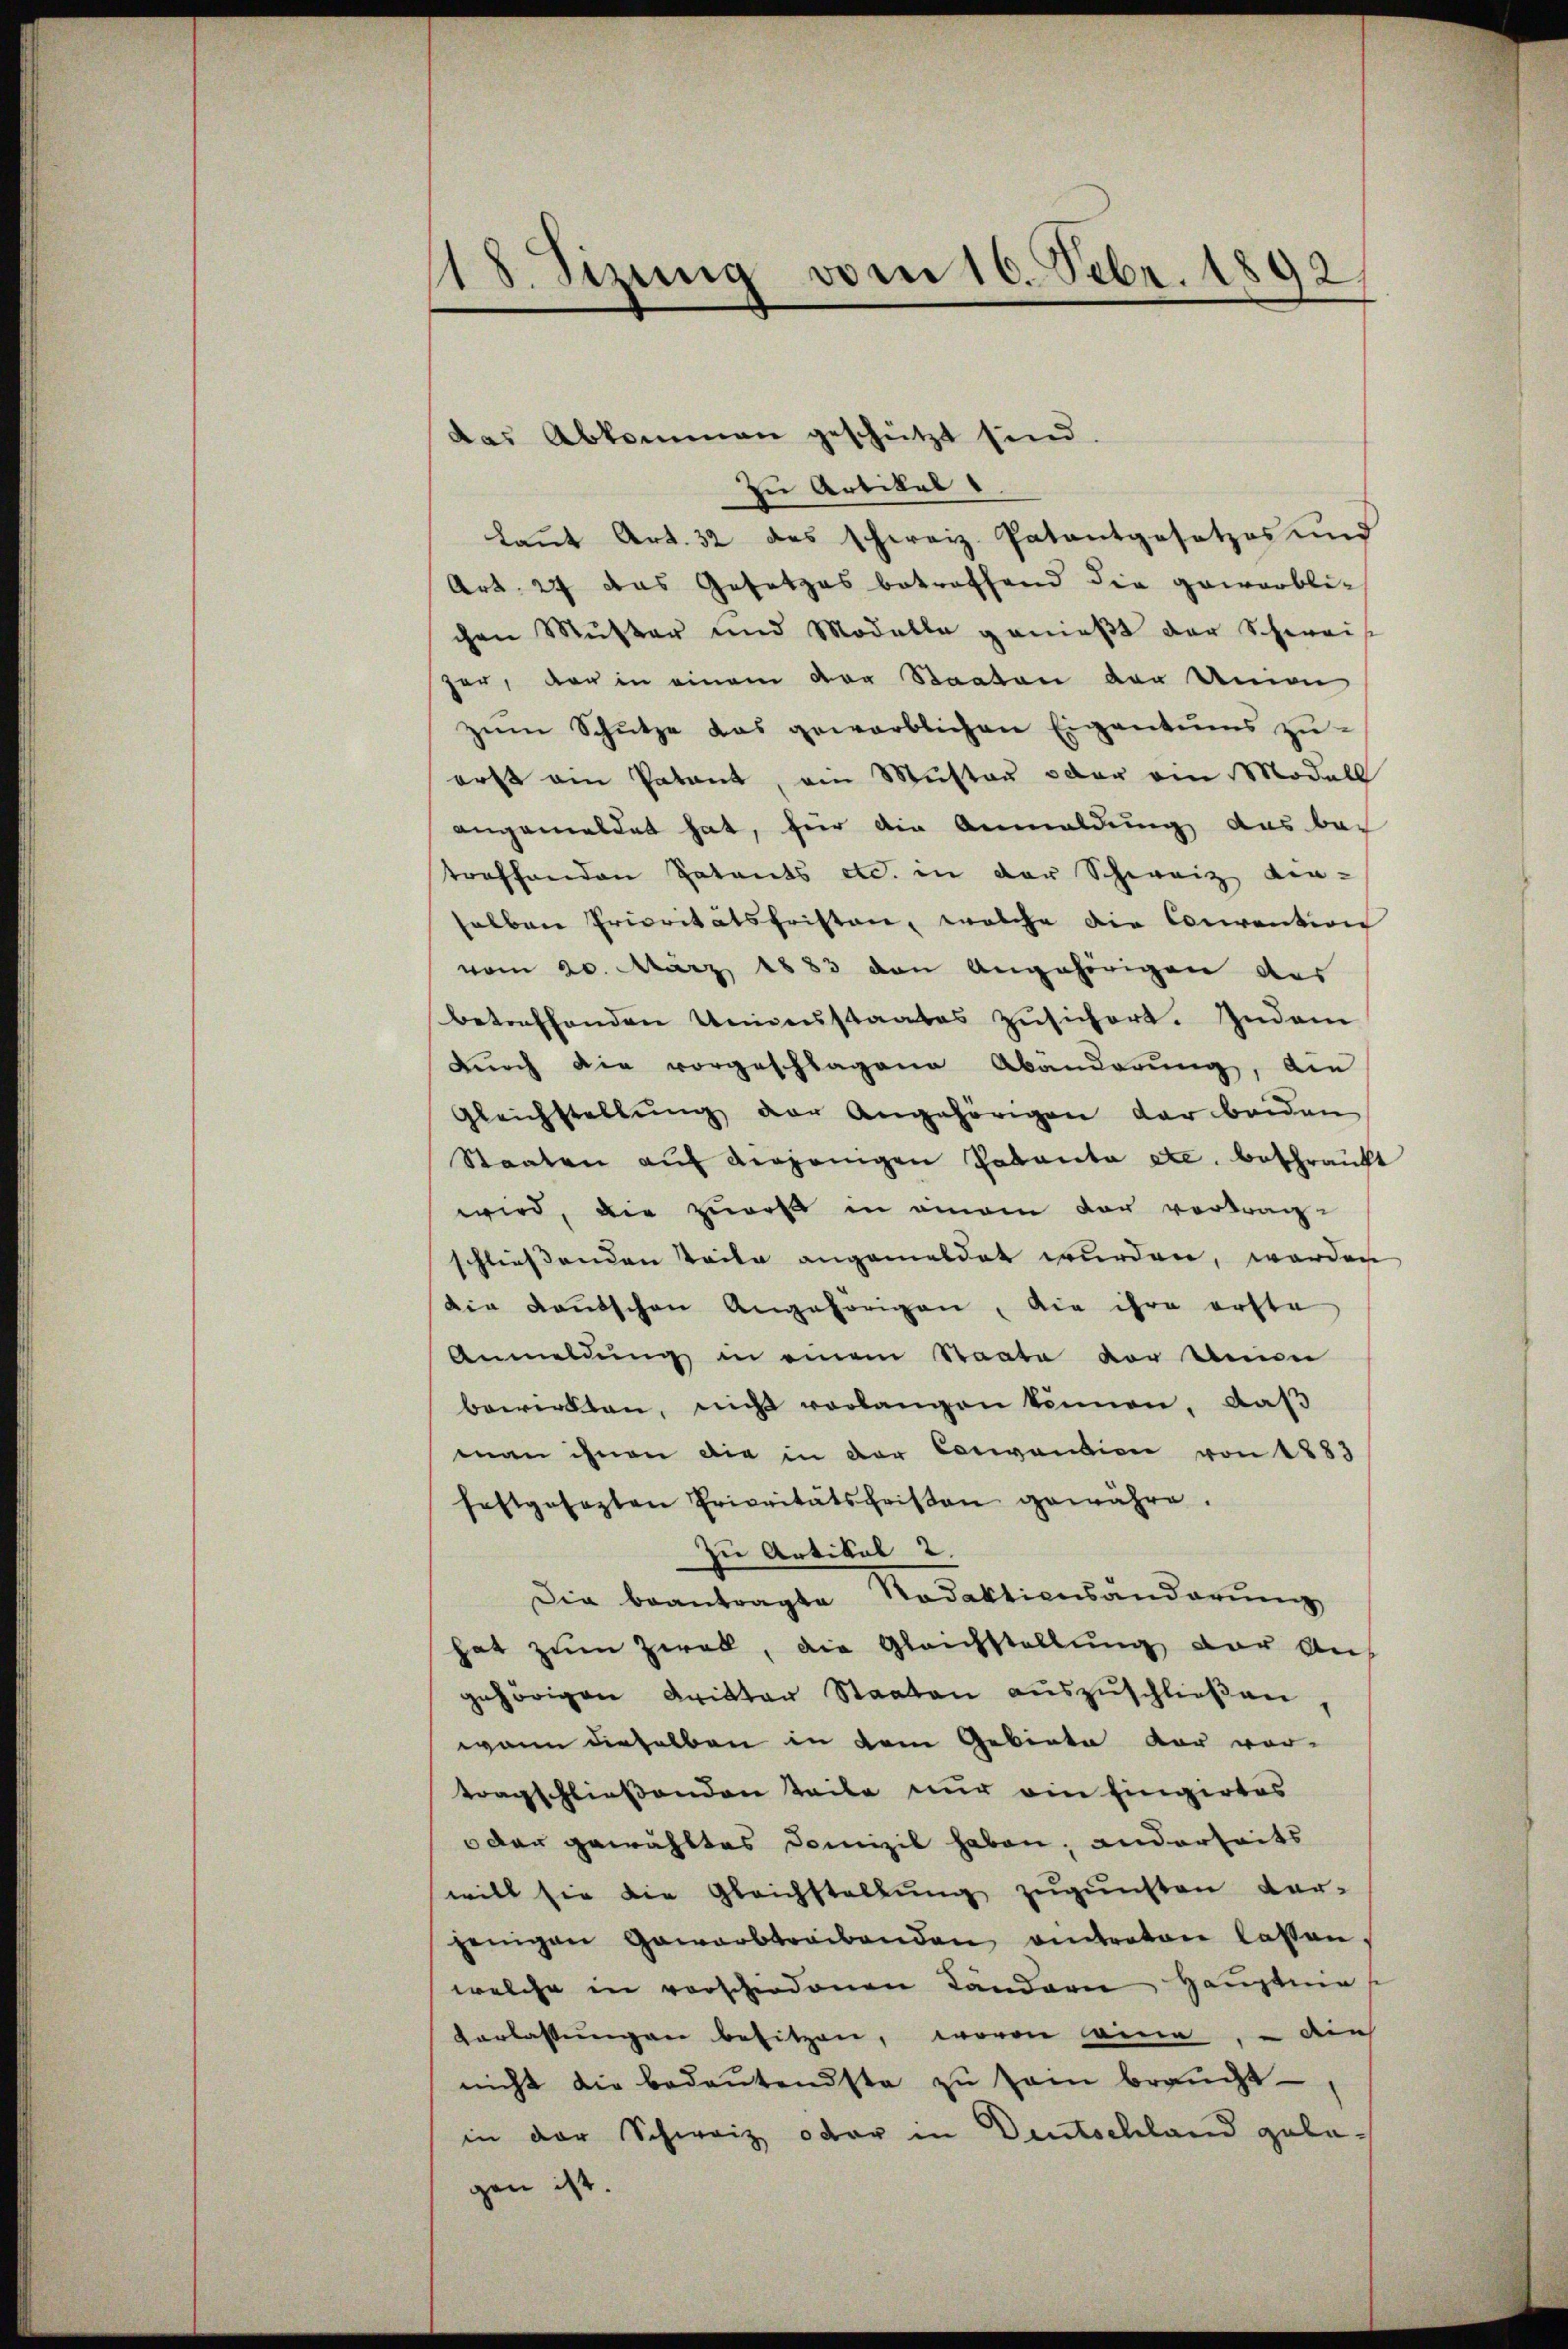
118. Sizung vom 16. Febr. 1892/

das Abkommen geschützt sind
zu Artikel
Laut Art. 32 des Schweiz. Patentgesetzes und
Art. 27 das Gesetzes betreffend die gewerbli-
chen Muster und Modelle genießt der Schweise
har, der in einem vor Staaten der Union
zum Schütze das gewerblichen Eigentums zu-
erst ain Patant, ein Muster oder ein Modell
angemeldet hat, für die Anmeldung das bei
treffenden Patents etc. in der Schweiz den-
selben Prioritatsfristen, welche die Convention
vom 20. März 1883 den angehörigen des
betreffenden Unmenstaates zŭsichert. Indem
Durch die vorgeschlagene Abänderung, die
Gleichstellŭng der Angehörigen der beiden
Staaten aŭf derjenigen Palanta etc. beschränkt
wird, die zuerst in einem der vortragschliessenden Teile angemeldet wurden, worden
die Kautschen Angehörigen, die ihre erste
Anmeldung in einem Staate der Union
bewirkten, nicht verlangen können, daß
man ihnen die in der Convention von 1883
festgesezten Privitätsfeisen gewähre.
zu Artikel 2.
Die beantragte Nadaktionsänderung
hat zum Zwak, die Gleichstellung vor Auf
gehörigen Dritter Staaten auszuschließen
wann dieselben in dem Gebiete der vor-
tragschließenden Teile nur ein Eingirtes
dar gewähltes Domizil haben; anderheits
will sie die Gleichstellung zugunsten dar-
jenigen Gawarbtreibenden antraton lassen,
welche in vorschiedenen Landern Hauptma
Vorlassungen besitzen, wovon eine, - die
nicht die bedeŭtendste zŭ sei braucht
in der Schweiz oder in Deutschland gelagen ist.